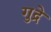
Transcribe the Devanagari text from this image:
गुद्रे